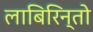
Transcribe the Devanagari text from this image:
लाबिरिन्तो